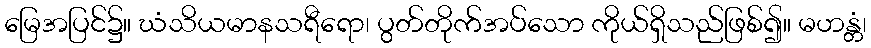
မြေအပြင်၌။ ဃံသိယမာနသရီရော၊ ပွတ်တိုက်အပ်သော ကိုယ်ရှိသည်ဖြစ်၍။ မဟန္တံ၊